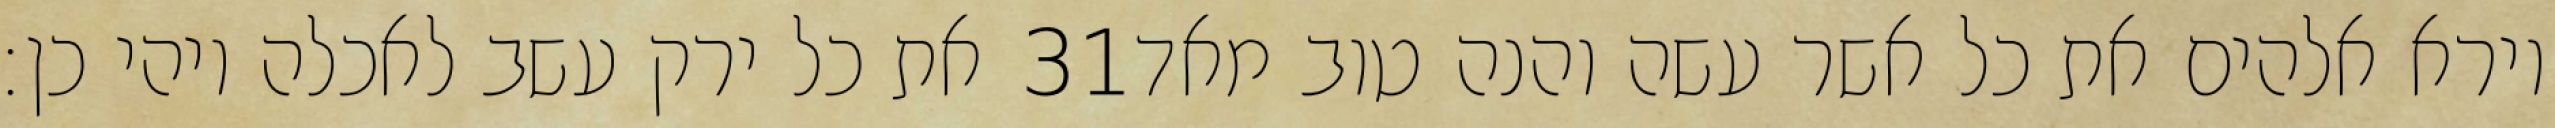
את כל ירק עשב לאכלה ויהי כן׃ ‎31‏ וירא אלהים את כל אשר עשה והנה טוב מאד